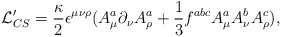
\begin{align*}{\cal L}_{CS}' = \frac{\kappa}{2}\epsilon^{\mu\nu\rho}(A_\mu^a\partial_\nu A_\rho^a +\frac{1}{3}f^{abc}A^a_\mu A^b_\nu A^c_\rho ), \end{align*}